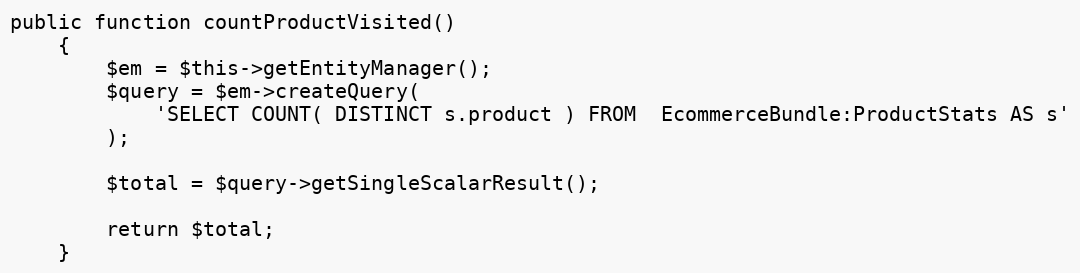
Language: PHP
public function countProductVisited()
    {
        $em = $this->getEntityManager();
        $query = $em->createQuery(
            'SELECT COUNT( DISTINCT s.product ) FROM  EcommerceBundle:ProductStats AS s'
        );

        $total = $query->getSingleScalarResult();

        return $total;
    }